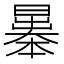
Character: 曓